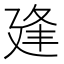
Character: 𢌢